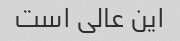
این عالی است